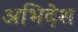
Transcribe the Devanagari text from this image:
अभिदेश